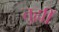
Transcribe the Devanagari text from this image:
तुह्मीं